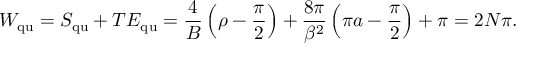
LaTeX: W _ { \mathrm { q u } } = S _ { \mathrm { q u } } + T { \cal E } _ { \mathrm { q u } } = \frac { 4 } { B } \left( \rho - \frac { \pi } { 2 } \right) + \frac { 8 \pi } { \beta ^ { 2 } } \left( \pi a - \frac { \pi } { 2 } \right) + \pi = 2 N \pi .